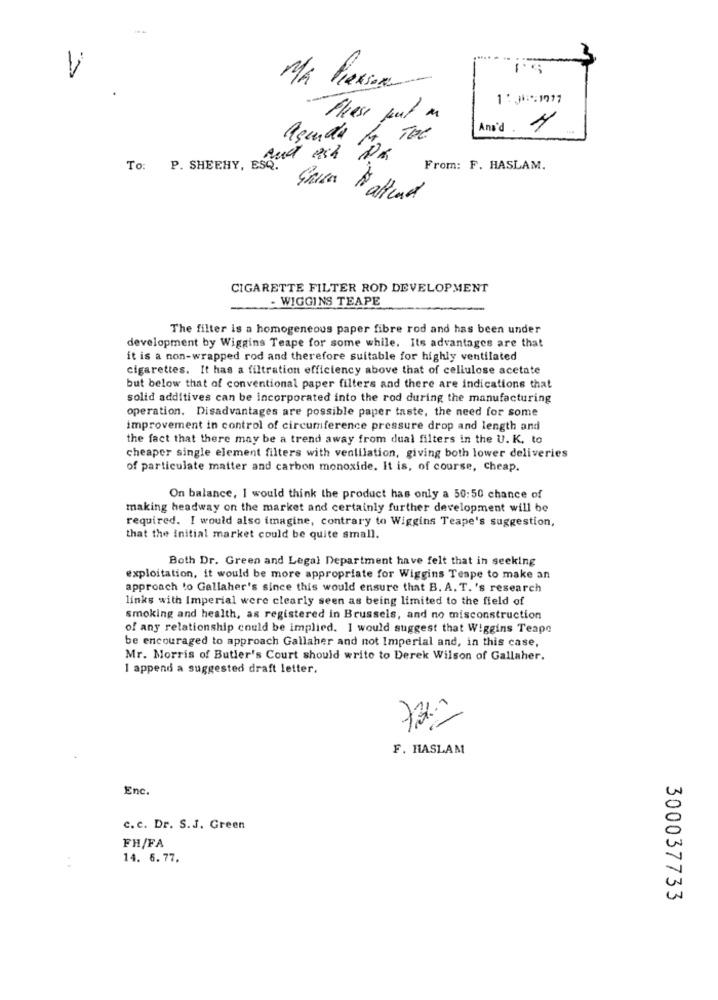
V
Ma PexSOR
Ana'd. 1
Agenda Mr.
THE
And ach PR
To: P. SHEEHY, ESQ.
From: F. HASLAM.
CIGARETTE FILTER ROD DEVELOPMENT
- WIGGINS TEAPE
The filter is a homogeneous paper fibre rod and has been under
development by Wiggins Teape for some while. Its advantages are that
it is a non-wrapped rod and therefore suitable for highly ventilated
cigarettes. It has a filtration efficiency above that of cellulose acetate
but below that of conventional paper filters and there are indications that
solid additives can be incorporated into the rod during the manufacturing
operation. Disadvantages are possible paper taste, the need for some
improvement in control of circumference pressure drop and length and
the fact that there may be a trend away from dual filters in the U. K. to
cheaper single element filters with ventilation, giving both lower deliveries
of particulate matter and carbon monoxide. It is, of course, cheap.
On balance, I would think the product has only a 50:50 chance of
making headway on the market and certainly further development will be
required. I would also imagine, contrary to Wiggins Teape's suggestion,
that the initial market could be quite small.
Both Dr. Green and Legal Department have felt that in seeking
exploitation, it would be more appropriate for Wiggins Teape to make an
approach to Gallaher's since this would ensure that B. A. T. 's research
links with Imperial were clearly seen as being limited to the field of
smoking and health, as registered in Brussels, and no misconstruction
of any relationship could be implied. I would suggest that Wiggins Teape
be encouraged to approach Gallaher and not Imperial and, in this case,
Mr. Morris of Butler's Court should write to Derek Wilson of Gallaher.
1 append a suggested draft letter.
心跳
F. HASLAM
Enc.
c. c. Dr. S.J. Green
FH/FA
14. 6.77.
300037733